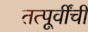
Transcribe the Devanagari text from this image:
तत्पूर्वींचीं